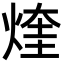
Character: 煃